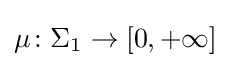
\mu \colon \Sigma _{1}\to [0,+\infty ]